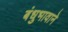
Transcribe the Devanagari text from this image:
बंधुभावाने